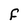
Character: F